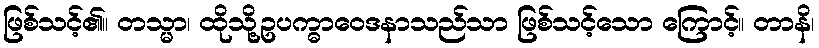
ဖြစ်သင့်၏။ တသ္မာ၊ ထိုသို့ဥပက္ဓာဝေဒနာသည်သာ ဖြစ်သင့်သော ကြောင့်။ တာနိ၊